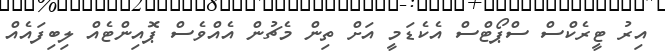
އިރު ޓީރެކްސް ސްޕޯޓްސް އެކެޑަމީ އަށް ތިން މެޗުން އެއްވެސް ޕޮއިންޓެއް ލިބިފައެއް